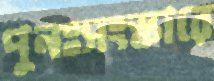
পুনঃসংস্কারে